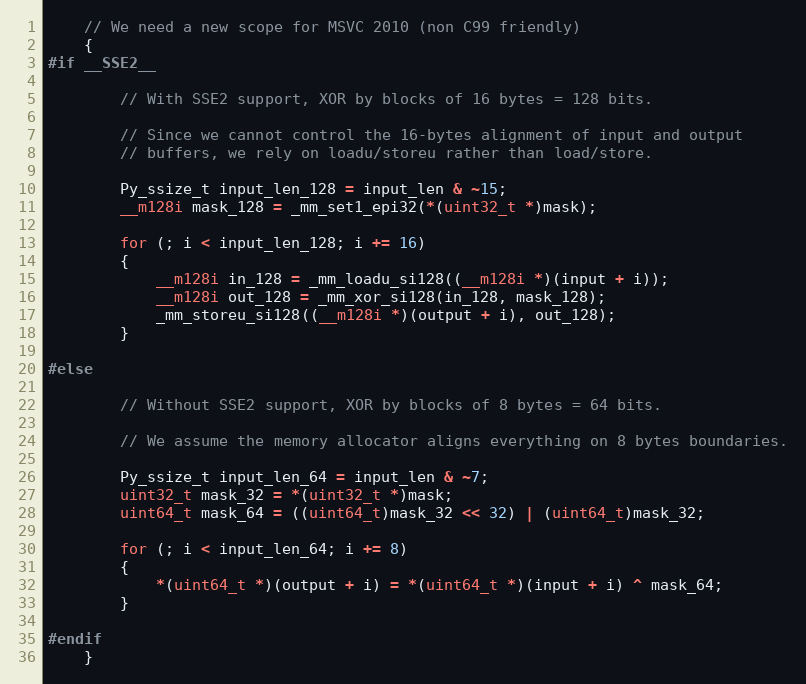
Language: C
    // We need a new scope for MSVC 2010 (non C99 friendly)
    {
#if __SSE2__

        // With SSE2 support, XOR by blocks of 16 bytes = 128 bits.

        // Since we cannot control the 16-bytes alignment of input and output
        // buffers, we rely on loadu/storeu rather than load/store.

        Py_ssize_t input_len_128 = input_len & ~15;
        __m128i mask_128 = _mm_set1_epi32(*(uint32_t *)mask);

        for (; i < input_len_128; i += 16)
        {
            __m128i in_128 = _mm_loadu_si128((__m128i *)(input + i));
            __m128i out_128 = _mm_xor_si128(in_128, mask_128);
            _mm_storeu_si128((__m128i *)(output + i), out_128);
        }

#else

        // Without SSE2 support, XOR by blocks of 8 bytes = 64 bits.

        // We assume the memory allocator aligns everything on 8 bytes boundaries.

        Py_ssize_t input_len_64 = input_len & ~7;
        uint32_t mask_32 = *(uint32_t *)mask;
        uint64_t mask_64 = ((uint64_t)mask_32 << 32) | (uint64_t)mask_32;

        for (; i < input_len_64; i += 8)
        {
            *(uint64_t *)(output + i) = *(uint64_t *)(input + i) ^ mask_64;
        }

#endif
    }